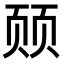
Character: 𬱛